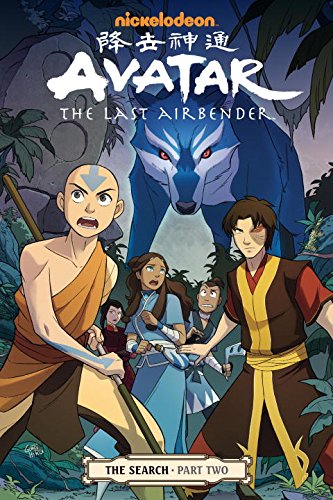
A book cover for Avatar: The Last Airbender: The Search, Part 2; Gene Luen Yang; Comics & Graphic Novels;